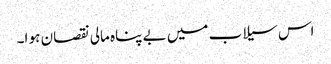
اس سیلاب میں بے پناہ مالی نقصان ہو ا۔